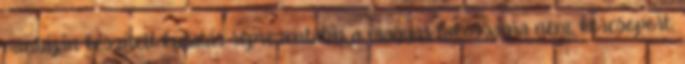
mintáján készített kutatás reprezentatív a magyar lakosságra nem, korcsoport,